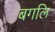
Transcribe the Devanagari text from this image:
बगलि